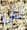
لأن